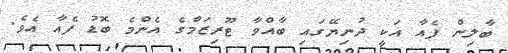
ބާލިން ފެއާ އަކީ ދުނިޔޭގައި ބާއްވާ ޓޫރިޒަމްގެ އެންމެ ބޮޑު ފެއާ އެވެ.